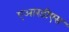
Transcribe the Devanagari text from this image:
एआरडीएस